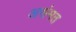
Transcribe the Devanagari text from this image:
असंमत